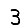
Digit: 3